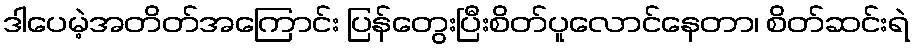
ဒါပေမဲ့အတိတ်အကြောင်း ပြန်တွေးပြီးစိတ်ပူလောင်နေတာ၊ စိတ်ဆင်းရဲ